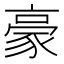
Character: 豪